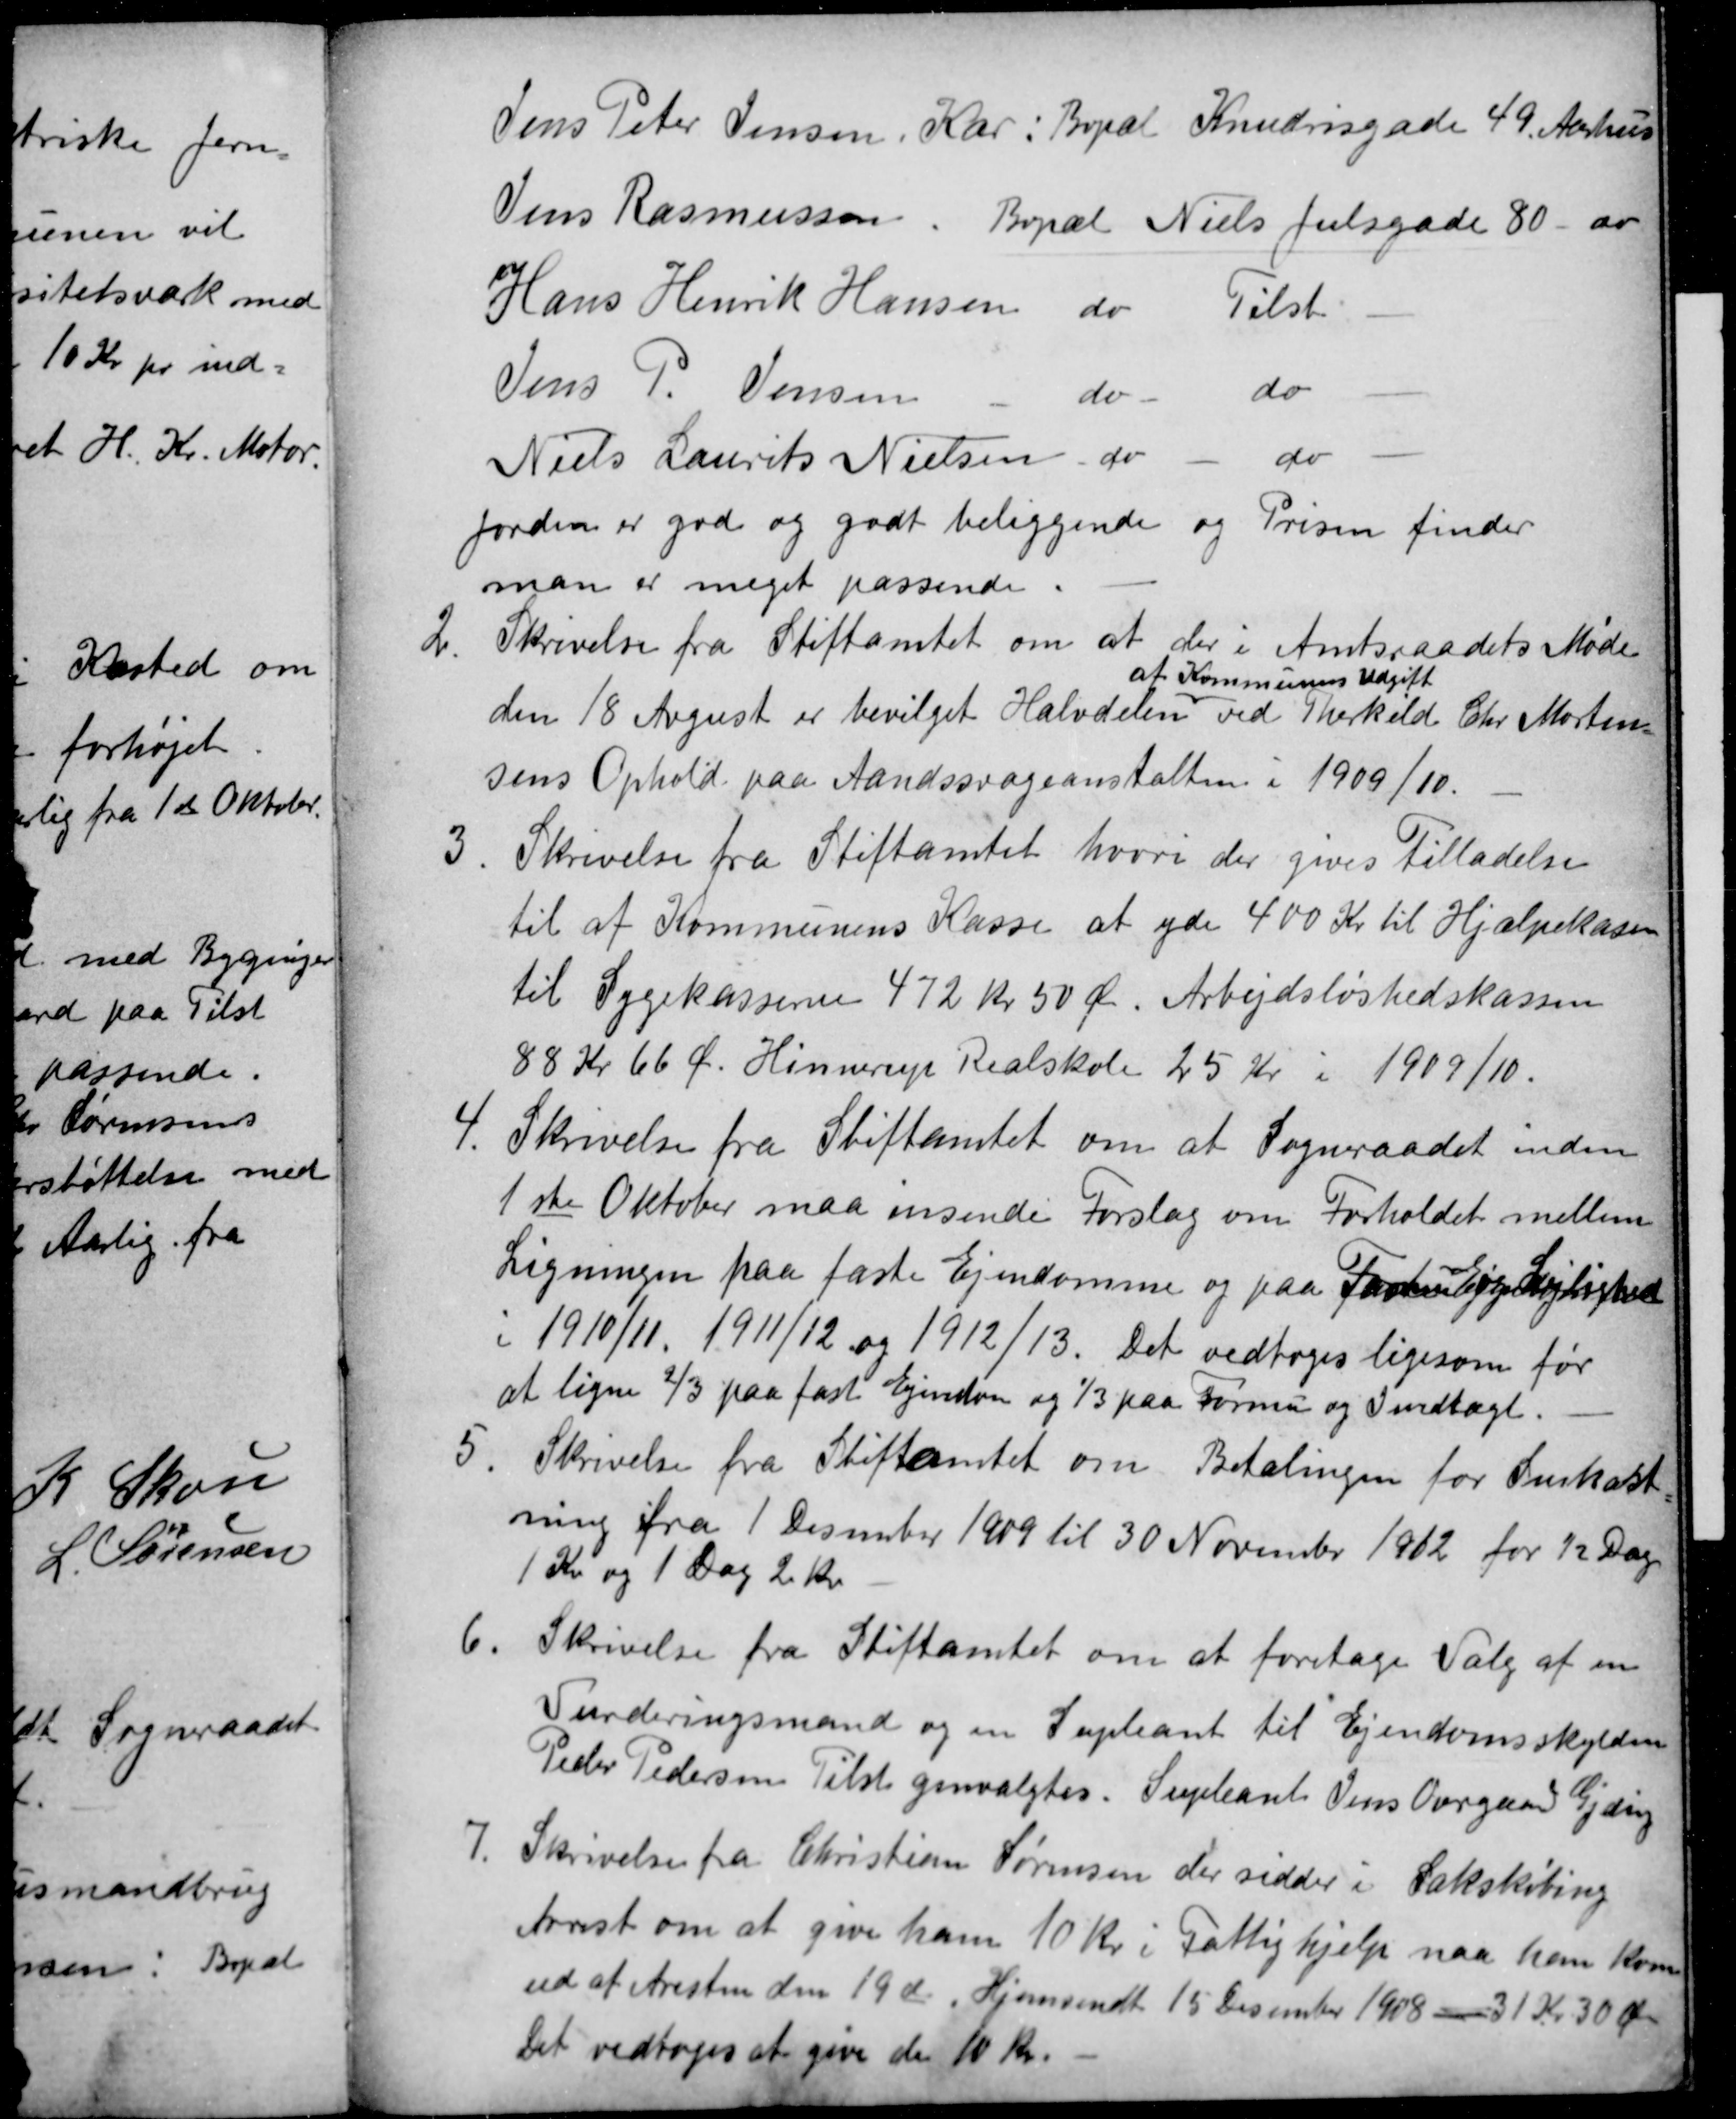
Transskription:
Jens Peter Jensen, Kar : Bopæl Knudrisgade 49. Aarhus
Jens Rasmussen. Bopæl Niels Julsgade 80 -do
Hans Henrik Hansen
do
Tilst
Jens P. Jensen
do
do
Niels Laurits Nielsen
do
do
Jorden er god og godt beliggende og Prisen finder
man er meget passende.
2.
Skrivelse fra Stiftamtet om at der i Amtsraadets Møde
den 18 August er bevilget Halvdelen
at Kommunens Udgift
ved Therkild Chr. Morten-
sens Ophold paa Aandssvageanstalten i 1909/10.
3. Skrivelse fra Stiftamtet hvori der gives Tilladelse
til af Kommunens Kasse at yde 400 Kr til Hjælpekassen
til Sygekasserne 472 Kr 50 Ør. Arbejdsløshedskassen
88 Kr 66 Ø. Hinnerup Realskole 25 Kr i 1909/10.
4. Skrivelse fra Stiftamtet om at Sogneraadet inden
1ste Oktober maa insende Forslag om Forholdet mellem
Ligningen paa faste Ejendomme og paa Formue og Lejlighed
i 1910/11, 1911/12 1912/13. Det vedtoges ligesom før
at ligne ⅔ paa fast Ejendom og ⅓ paa Formue og Indtægt.
5. Skrivelse fra Stiftamtet om Betalingen for Snekast
ning fra 1 Desember 1909 til 30 November 1912 for ½ Dag
1 Kr og 1 Dag 2 Kr
6.
Skrivelse fra Stiftamtet om at foretage Valg af en
Vurderingsmand og en Supleant til Ejendomsskylden
Peder Pedersen Tilst genvalgtes. Supleant Jens Overgaard Gjeding
7
Skrivelse fra Christian Sørensen, der sidder i Sakskøbing
Arrest om at give ham 10 Kr i Fattighjælp naar han kom
ud af Aresten den 19 de Hjemsendt 15 Desember 1908 31 Kr 30 Øre
Det vedtoges at give den 10 Kr.